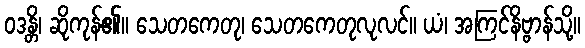
ဝဒန္တိ၊ ဆိုကုန်၏။ သေတကေတု၊ သေတကေတုလုလင်။ ယံ၊ အကြင်နိဗ္ဗာန်သို့။